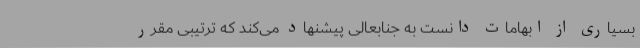
بسیاری از ابهامات دانست به جنابعالی پیشنهاد می‌کند که ترتیبی مقرر